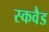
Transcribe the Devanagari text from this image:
स्कवैड